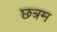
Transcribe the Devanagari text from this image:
छत्रम